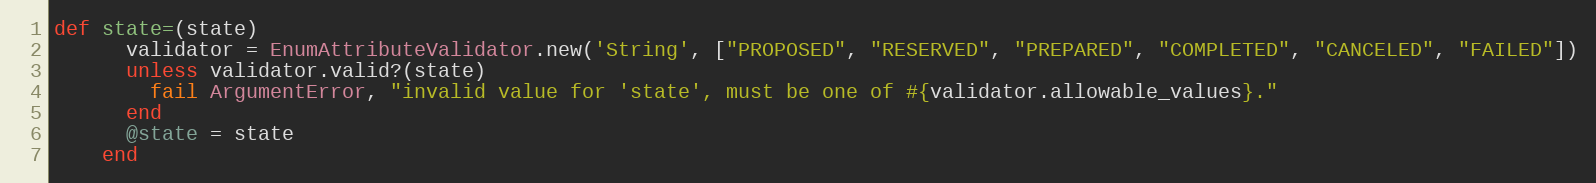
Language: Ruby
def state=(state)
      validator = EnumAttributeValidator.new('String', ["PROPOSED", "RESERVED", "PREPARED", "COMPLETED", "CANCELED", "FAILED"])
      unless validator.valid?(state)
        fail ArgumentError, "invalid value for 'state', must be one of #{validator.allowable_values}."
      end
      @state = state
    end